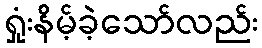
ရှုံးနိမ့်ခဲ့သော်လည်း